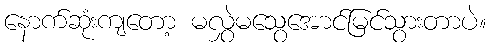
နောက်ဆုံးကျတော့ မလွှဲမသွေအောင်မြင်သွားတာပဲ။